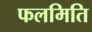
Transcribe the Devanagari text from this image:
फलमिति